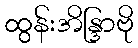
ထွန်းအိန္ဒြာဗို